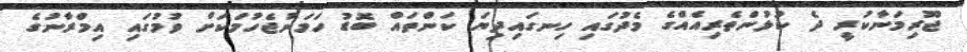
ޖޫރިމަނާކުރީ ދެ ކުޅުންތެރިއެއްގެ މެދުގައި ހިނގައިދިޔަ ކަންތައް ބޮޑު ހަމަނުޖެހުމަކަށް ވުމުގައި އިމްރާނުގެ